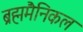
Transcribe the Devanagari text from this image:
ब्रह्ममैनिकल